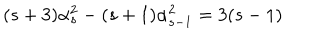
( s + 3 ) \alpha _ { s } ^ { 2 } - ( s + 1 ) \alpha _ { s - 1 } ^ { 2 } = 3 ( s - 1 )